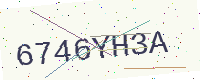
Text: 6746YH3A